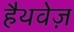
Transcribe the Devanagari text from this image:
हैथवेज़